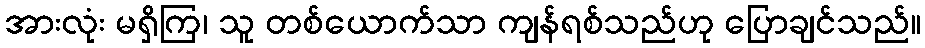
အားလုံး မရှိကြ၊ သူ တစ်ယောက်သာ ကျန်ရစ်သည်ဟု ပြောချင်သည်။